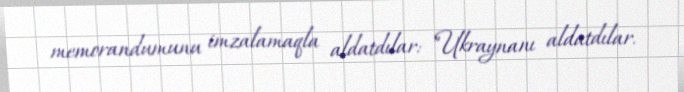
memorandumunu imzalamaqla aldatdılar: "Ukraynanı aldatdılar.